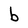
Character: b